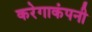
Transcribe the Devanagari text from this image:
करेगाकंपनी